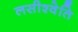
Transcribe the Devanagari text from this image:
लसीश्वेति